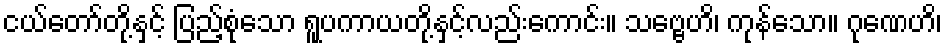
ငယ်တော်တို့နှင့် ပြည့်စုံသော ရူပကာယတို့နှင့်လည်းကောင်း။ သဗ္ဗေဟိ၊ ကုန်သော။ ဂုဏေဟိ၊